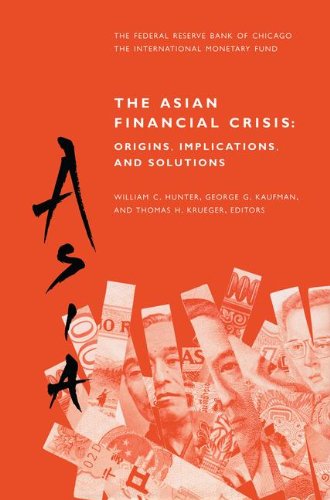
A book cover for The Asian Financial Crisis: Origins, Implications, and Solutions; Business & Money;